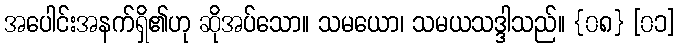
အပေါင်းအနက်ရှိ၏ဟု ဆိုအပ်သော။ သမယော၊ သမယသဒ္ဒါသည်။ {၀၈} [၀၁]